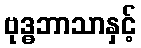
ဗုဒ္ဓဘာသာနှင့်